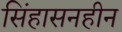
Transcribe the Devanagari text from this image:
सिंहासनहीन